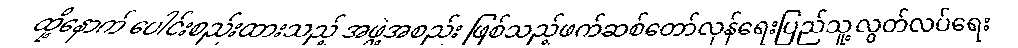
ထို့နောက် ပေါင်းစည်းထားသည့် အဖွဲ့အစည်း ဖြစ်သည့်ဖက်ဆစ်တော်လှန်ရေးပြည်သူ့လွတ်လပ်ရေး